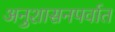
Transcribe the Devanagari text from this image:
अनुशासनपर्वात